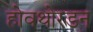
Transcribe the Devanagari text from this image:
होवथोरडन